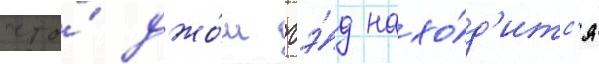
что́ джо́ш гэ́д нахо́д'итс'я